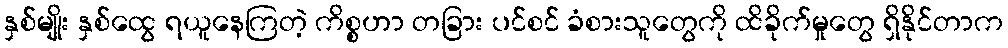
နှစ်မျိုး နှစ်ထွေ ရယူနေကြတဲ့ ကိစ္စဟာ တခြား ပင်စင် ခံစားသူတွေကို ထိခိုက်မှုတွေ ရှိနိုင်တာက